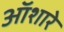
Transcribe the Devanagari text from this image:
ऑशारे